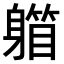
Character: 𨉾